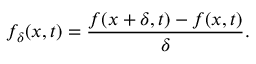
f _ { \delta } ( x , t ) = { \frac { f ( x + \delta , t ) - f ( x , t ) } { \delta } } .